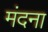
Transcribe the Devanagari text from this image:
मंदना